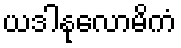
ယဒါနုလောမိကံ